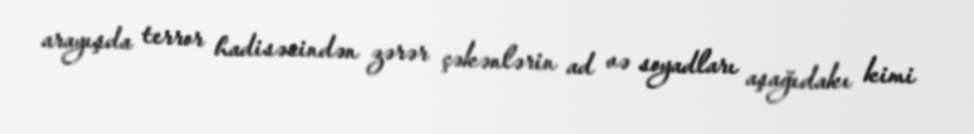
arayışda terror hadisəsindən zərər çəkənlərin ad və soyadları aşağıdakı kimi